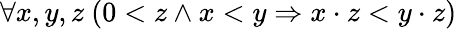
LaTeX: \forall x,y,z\ (0<z\land x<y\Rightarrow x\cdot z<y\cdot z)